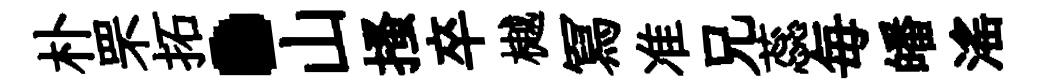
朴罘拓·山搔卒樾冩准兄蕊毎皤滛